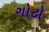
ગોટો